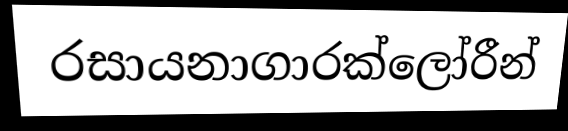
රසායනාගාරක්ලෝරීන්